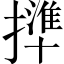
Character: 𢶥